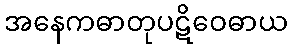
အနေကဓာတုပဋိဝေဓာယ